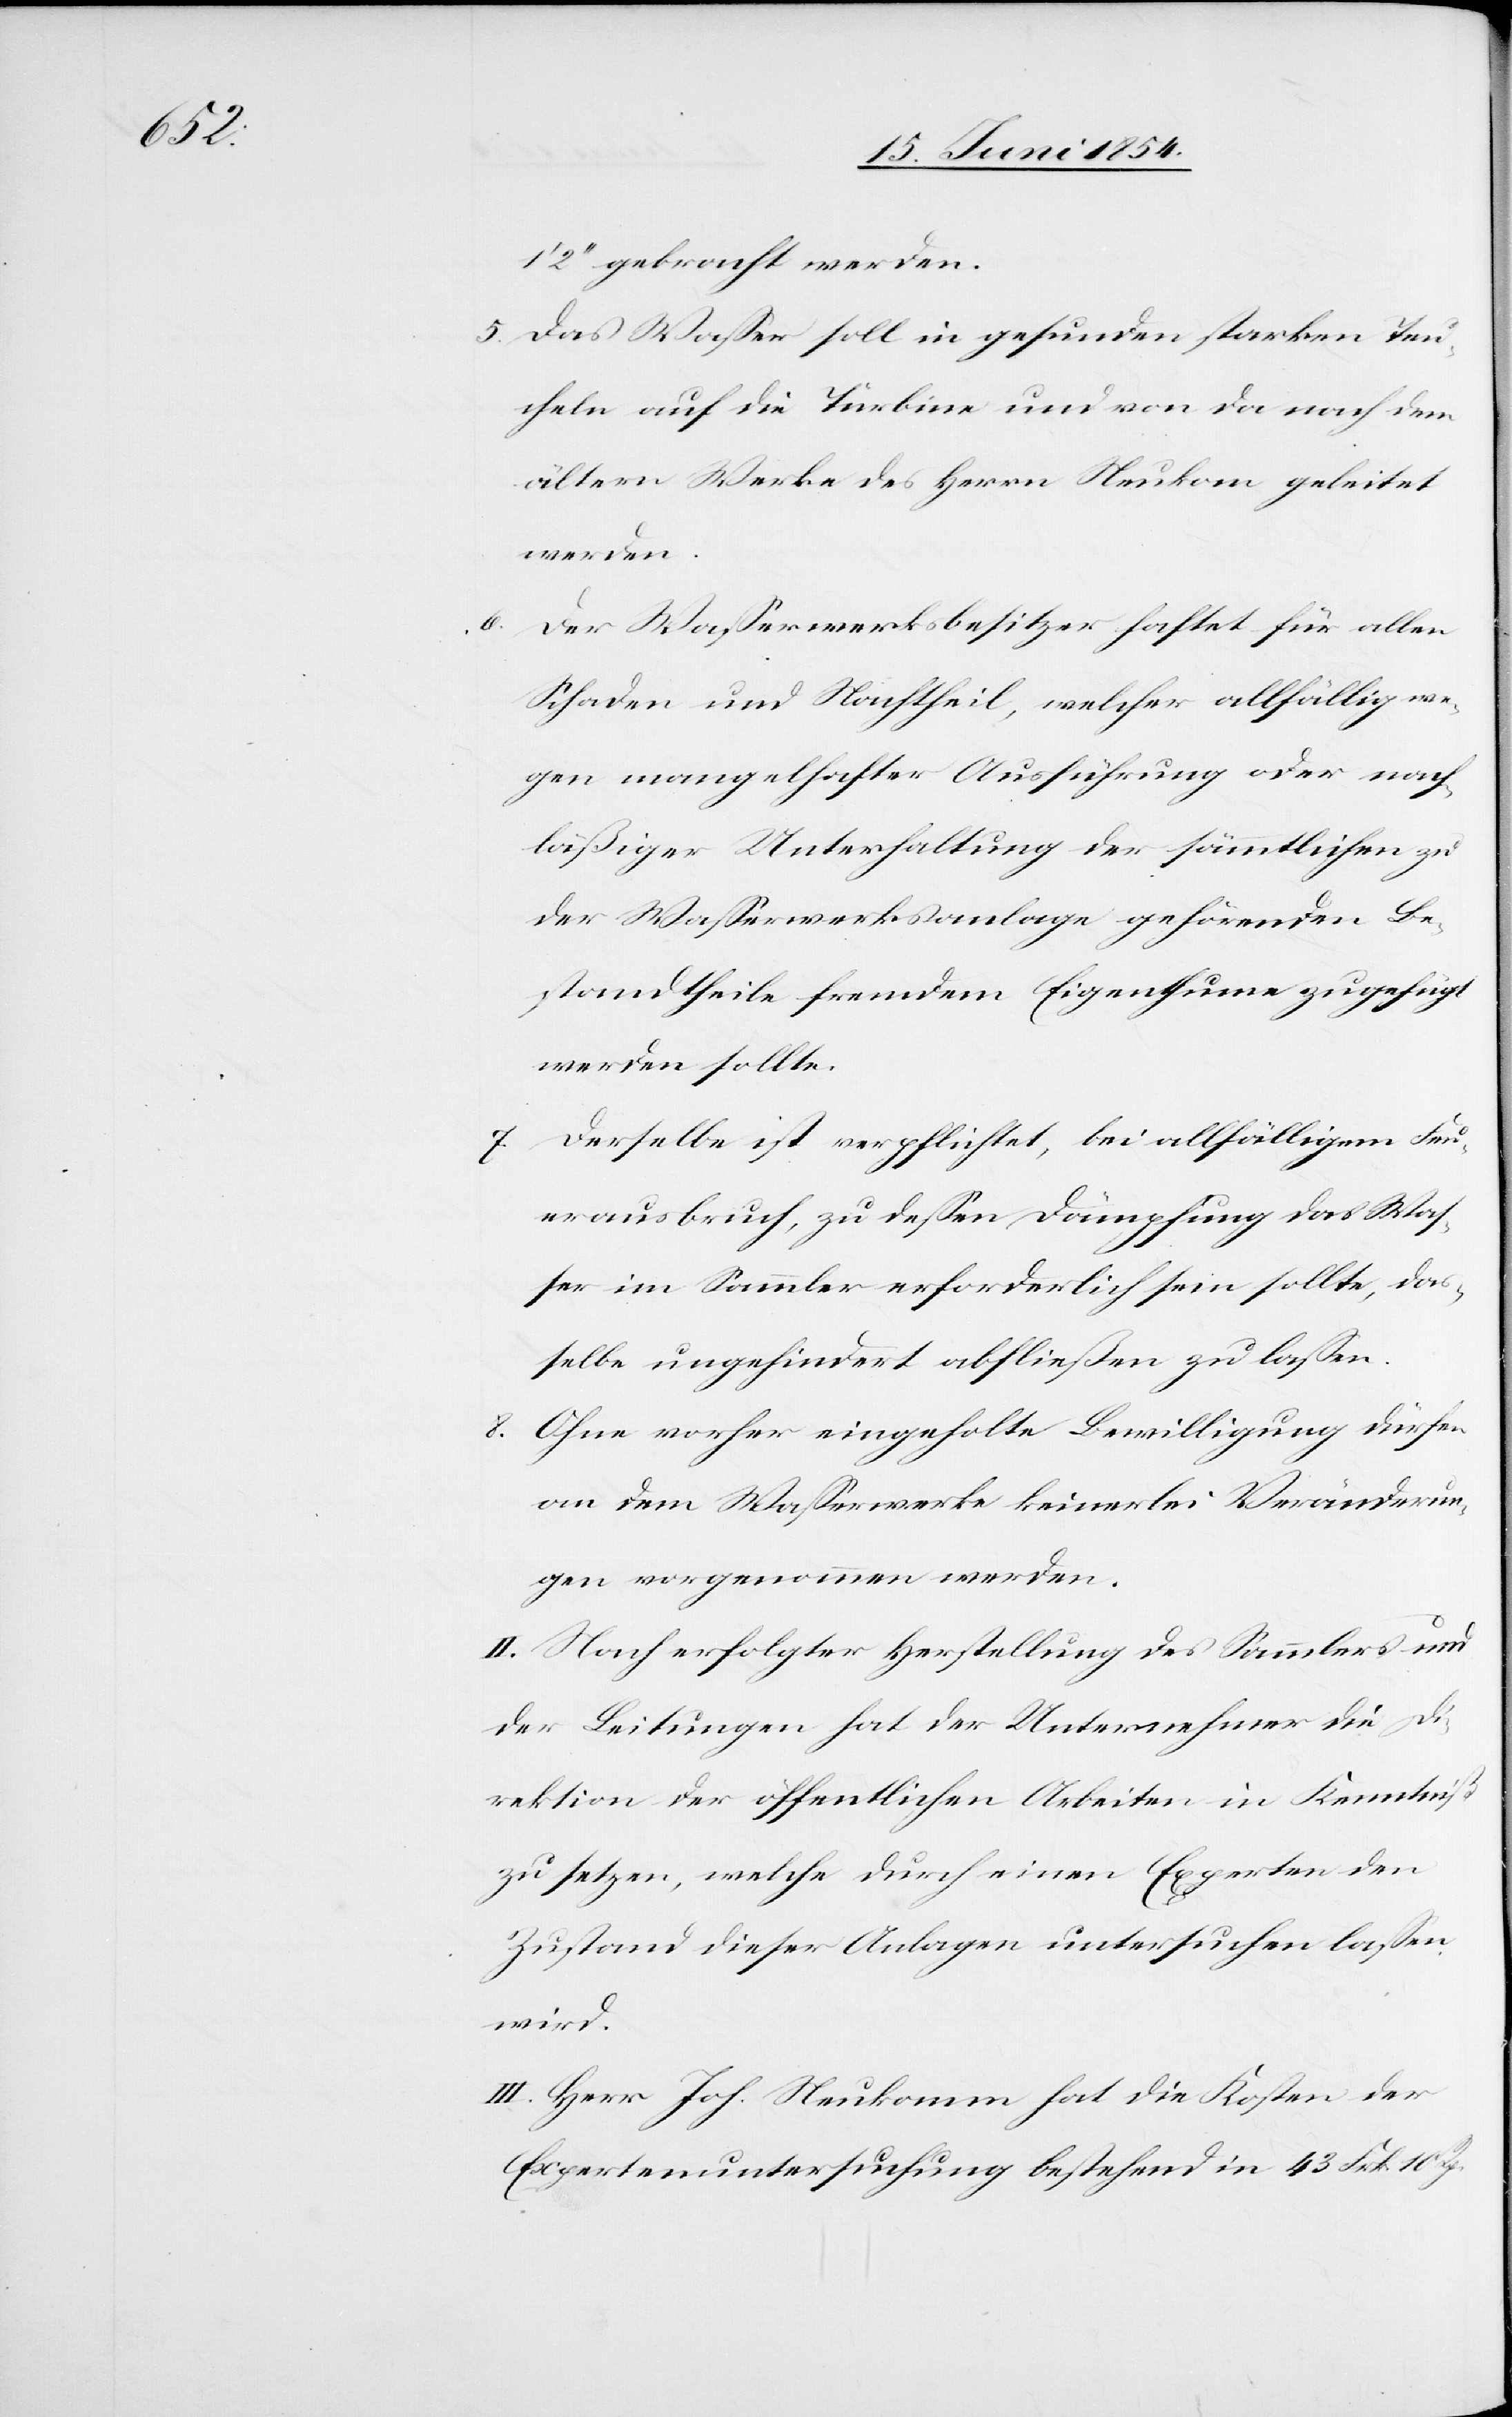
1‘ 2‘‘ gebracht werden.
5. Das Waßer soll in gesunden starken Teu¬
cheln auf die Turbine und von da nach dem
ältern Werke des Herrn Neukom geleitet
werden.
Der Waßerwerksbesitzer haftet für allen
Schaden und Nachtheil, welcher allfällig we¬
gen mangelhafter Ausführung oder nach¬
läßiger Unterhaltung der sämmtlichen zu
der Waßerwerksanlage gehörenden Be¬
standtheile fremdem Eigenthume zugefügt
werden sollte.
7. Derselbe ist verpflichtet, bei allfälligem Feu¬
erausbruch, zu deßen Dämpfung das Waß¬
er im Sammler erforderlich sein sollte, das¬
selbe ungehindert abfließen zu laßen.
8. Ohne vorher eingeholte Bewilligung dürfen
an dem Waßerwerke keinerlei Veränderun¬
gen vorgenommen werden.
II. Nach erfolgter Herstellung des Sammlers und
der Leitungen hat der Unternehmer die Di¬
rektion der öffentlichen Arbeiten in Kenntniß
zu setzen, welche durch einen Experten den
Zustand dieser Anlagen untersuchen laßen
wird.
III. Herr Joh. Neukom hat die Kosten der
Expertenuntersuchung bestehend in 43 Frk. 10